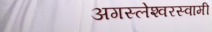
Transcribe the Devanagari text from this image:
अगस्‍लेश्‍वरस्‍वामी